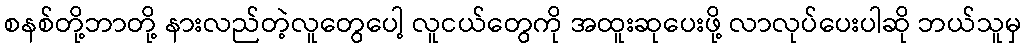
စနစ်တို့ဘာတို့ နားလည်တဲ့လူတွေပေါ့ လူငယ်တွေကို အထူးဆုပေးဖို့ လာလုပ်ပေးပါဆို ဘယ်သူမှ